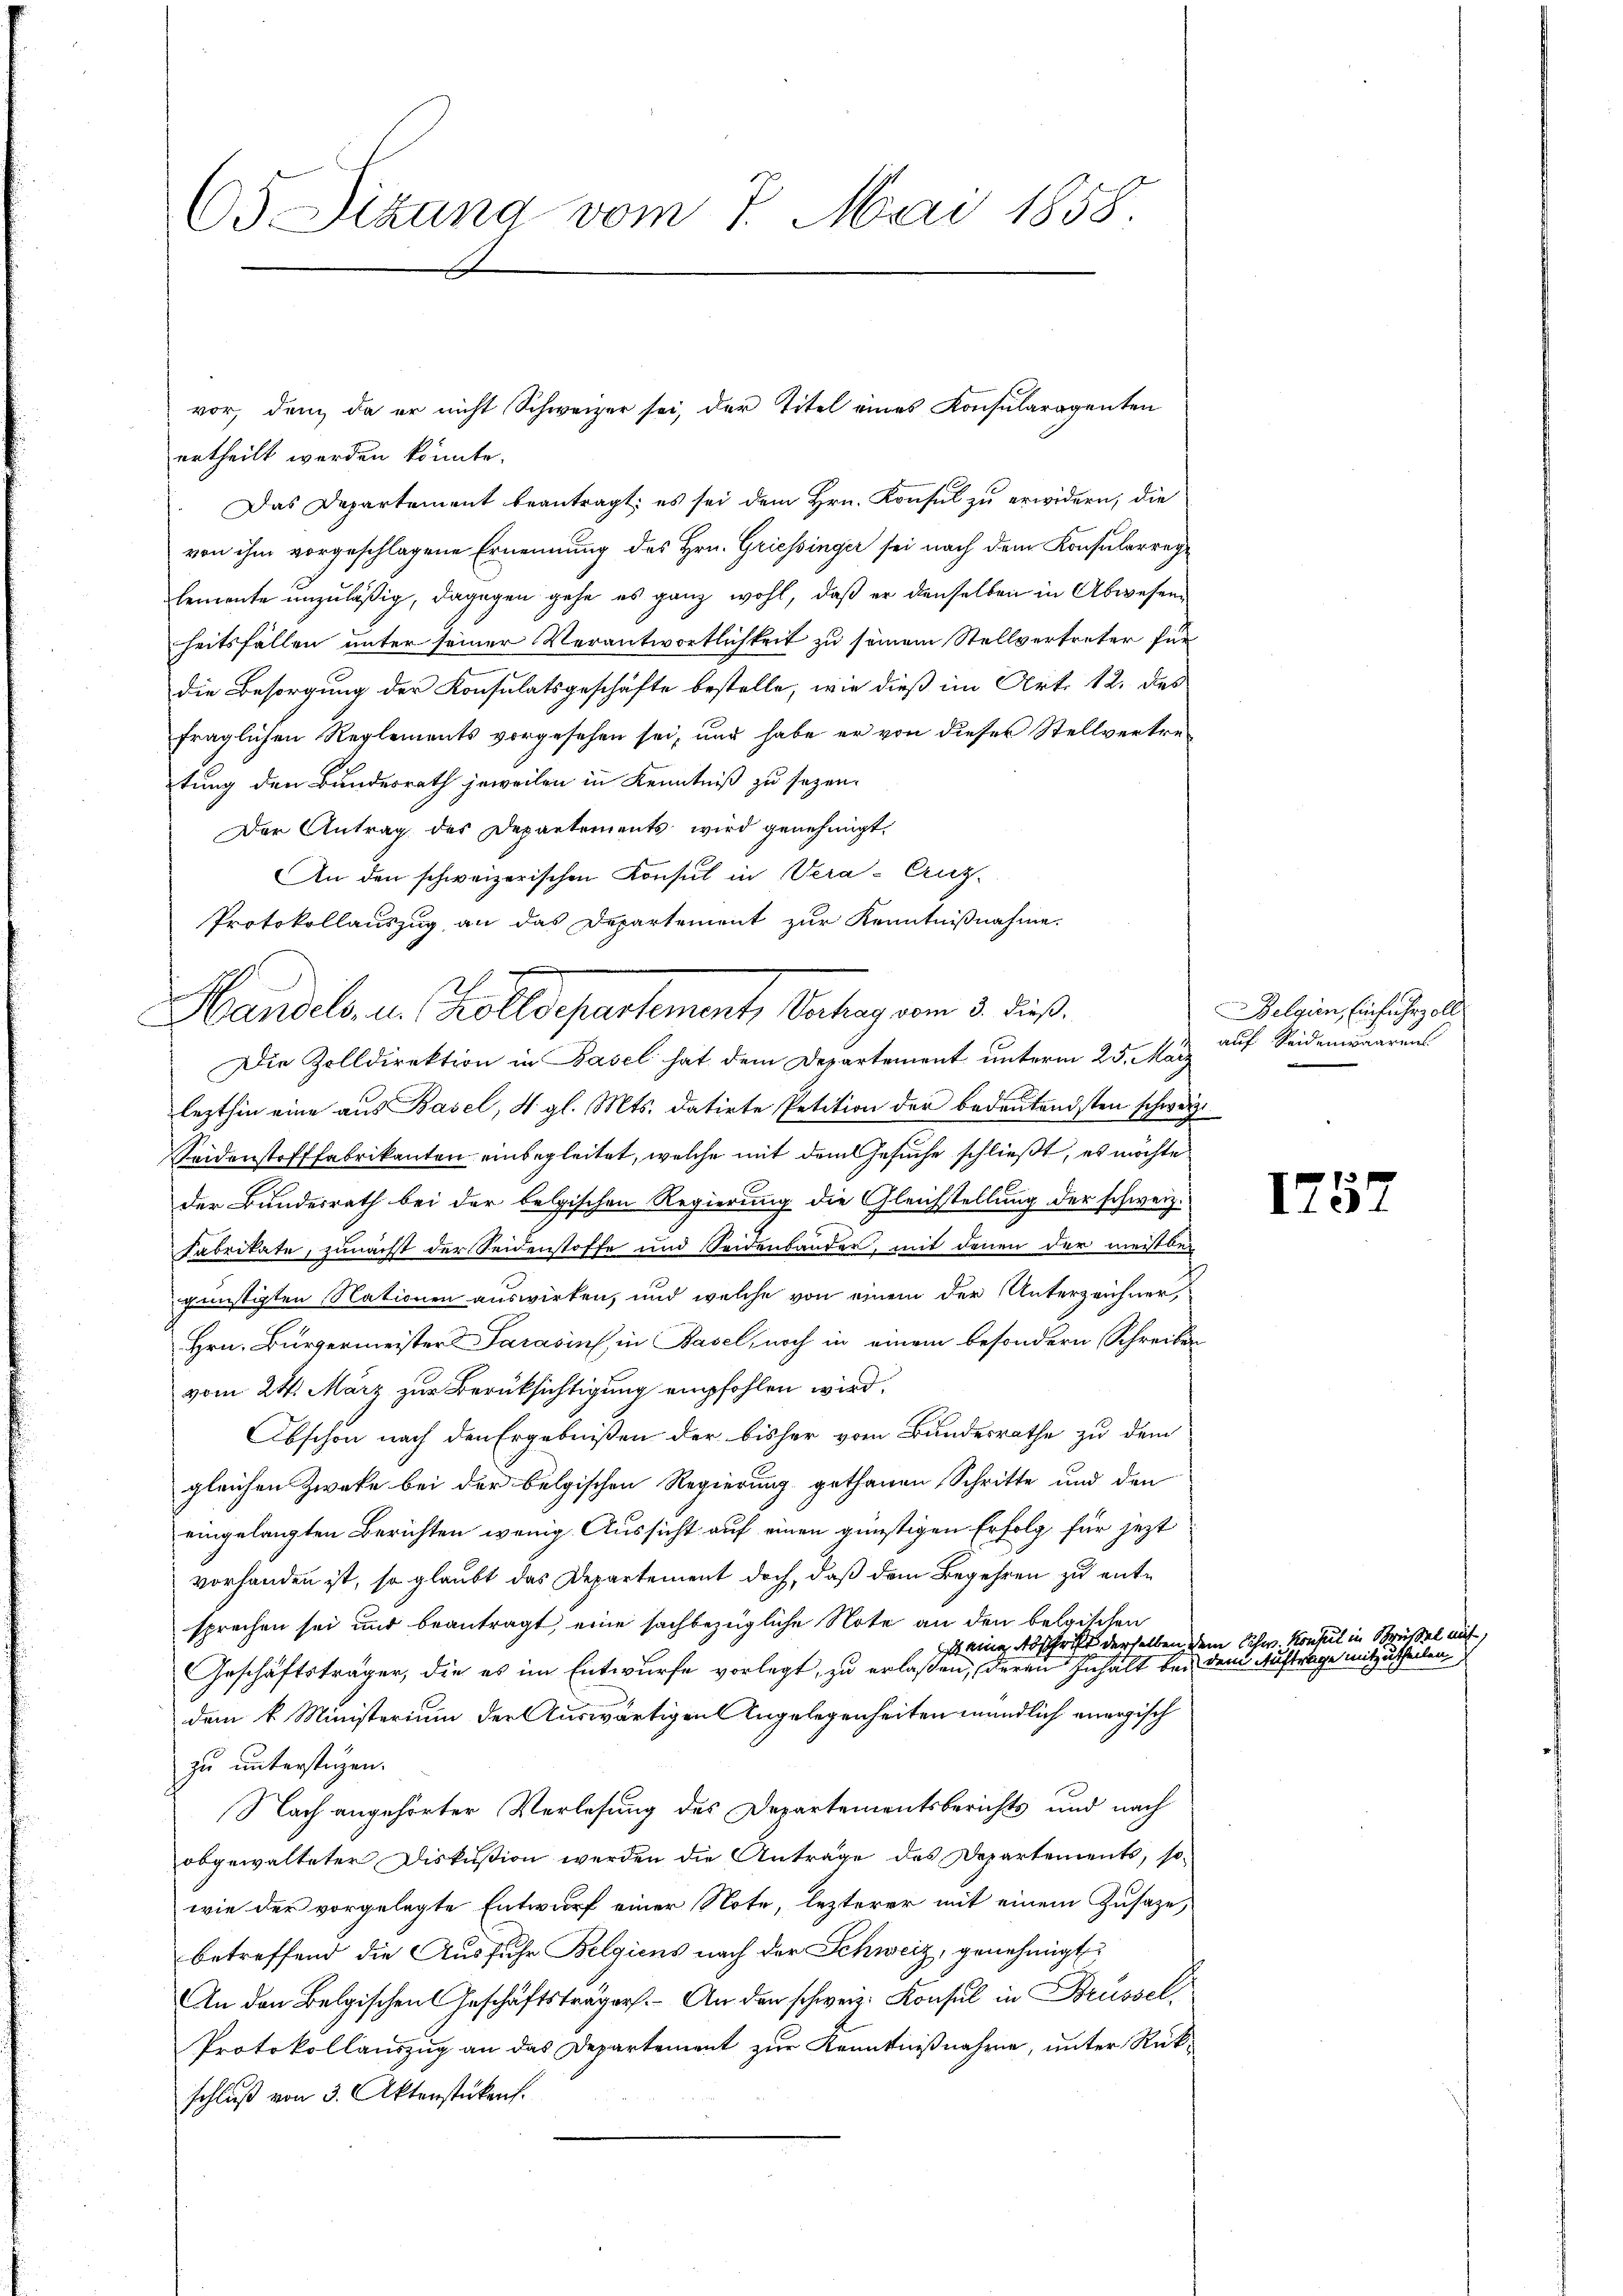
65 Sizung vom 7. Mai 1858

ertheilt werden könnte.
Das Departement beantragt: es sei dem Hrn. Konsul zu erwidern, die
von ihm vorgeschlagene Ernennung des Hrn. Griessinger sei nach dem Konsularreylemente unzuläßig, dagegen gehe es ganz wohl, daß er denselben in Abwesen
heitsfällen unter seiner Verantwortlichkeit zu seinem Stellvertreter für
die Besorgung der Konsulatsgeschäfte bestelle, wie dieß im Art. 12. des
fraglichen Reglements vorgesehen sei, und habe er von dieser Stellvertretung den Bundesrath jeweilen in Kenntniß zu sezen.
Der Antrag des Departements wird genehmigt.
An den schweizerischen Konsul in Vera-Cuz-
Protokollauszug an das Departement zur Kenntnißnahme.
Die Zolldirektion in Basel hat dem Departement unterm 25. März
lezthin eine aus Basel, 4. gl. Mts. datirte Petition der bedeutendsten schwärz
Seidenstofffabrikanten einbegleitet, welche mit dem Gesuche schließt, es möchte
der Bundesrath bei der belgischen Regierung die Gleichstellung der schweiz.
Sabrikate, zunächst der Seidenstoffe und Seidenbander, mit denen der meistber
günstigten Nationen auswirken, und welche von einem der Unterzeichner,
Hrn. Bürgermeister Parasins, in Basel, noch in einem besondern Schreiben
vom 24. März zur Berüksichtigung empfohlen wird.
Abschon nach den Ergebnißen der bisher vom Bundesrathe zu dem
gleichen Zwecke bei der belgischen Regierung gethanen Schritte und den
eingelangten Berichten wenig Aussicht auf einen günstigen Erfolg für jezt
vorhanden ist, so glaubt das Departement doch, daß dem Begehren zu entsprechen sei und beantragt, eine sachbezügliche Note an den belgischen
 eine Abschrift derselben de
Geschäftsträger, die es im Entwurfe vorlegt, zu erlaßen, deren Inhalt bei
dem k. Ministerium der Auswärtigen Angelegenheiten mündlich anergisch
zu unterstüzen.
Nach angehörter Verlesung des Departementsberichts und nach
obgewalteter Diskussion werden die Anträge des Departements, so
wie der vorgelegte Entwurf einer Note, lezterer mit einem Zusaze,
betreffend die Ausfuhr Belgiens nach der Schweiz, genehmigt
An den Belgischen Geschäftsträger. An den schweiz. Konsul in Brüssel,
Protokollauszug an das Departement zur Kenntnißnahme, unter Rückschluß von 3. Aktenstükant.

F
.
Handels, u. Zolldepartement, Vertrag vom 3. dieß.

vor, den, da er nicht Schweizer sei, der Titel eines Konsularogenten

Belgien, Einfuhrzoll
auf Seidenwaarens

im Schw. Konsul in de

1757

den Auftrage in einen sei eine